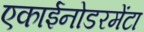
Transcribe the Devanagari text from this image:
एकाईनोडरमेंटा